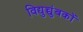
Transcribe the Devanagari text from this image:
विद्युच्चुंबकों